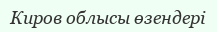
Киров облысы өзендері